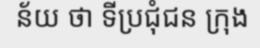
ន័យ ថា ទីប្រជុំជន ក្រុង